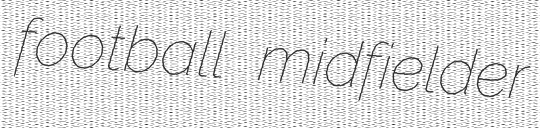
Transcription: football midfielder